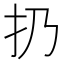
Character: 扔